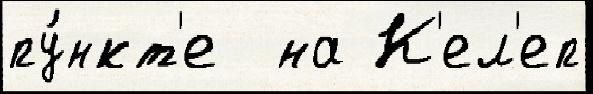
пу́нкт'е  на К'ел'еп